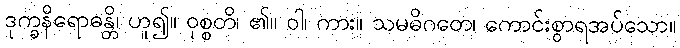
ဒုက္ခနိရောဓန္တိ၊ ဟူ၍။ ဝုစ္စတိ၊ ၏။ ဝါ၊ ကား။ သမဓိဂတေ၊ ကောင်းစွာရအပ်သော။